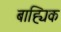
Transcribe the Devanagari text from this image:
बाह्यिक